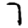
Digit: 7